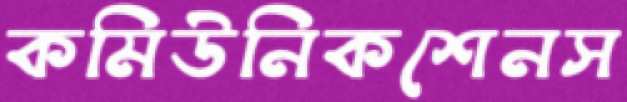
কমিউনিকশেনস